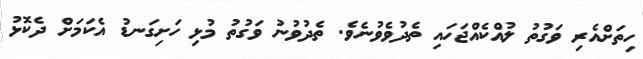
ހިތަށްއެރި ވަގުތު ލުއްކެއްޖަހައި ތެދުވެވުނެވެ. ތެދުވުނު ވަގުތު މުޅި ހަށިގަނޑު އެކަމަށް ދެކޮޅު